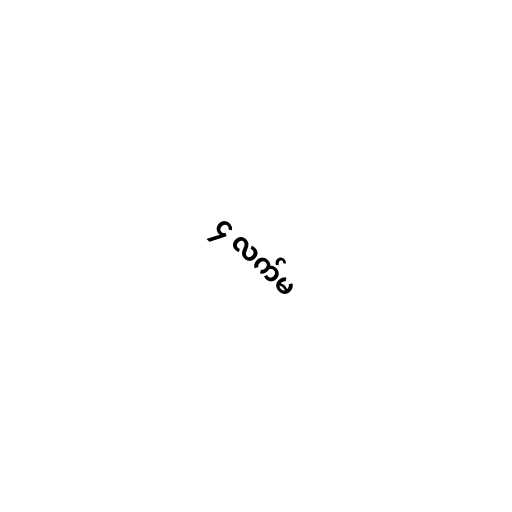
၄ လက်မ